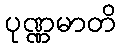
ပုဏ္ဏမာတိ